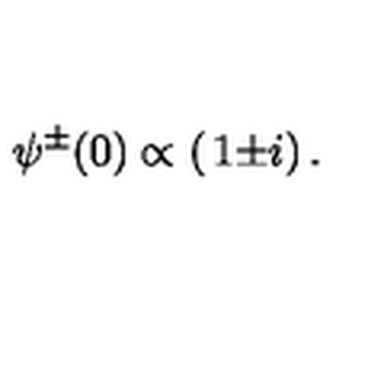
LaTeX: \psi ^ { \pm } ( 0 ) \propto \left( \begin{matrix} { 1 } \\ { \pm i } \\ \end{matrix} \right) .